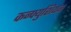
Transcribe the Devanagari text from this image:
कन्फ्युशियन